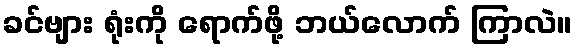
ခင်ဗျား ရုံးကို ရောက်ဖို့ ဘယ်လောက် ကြာလဲ။